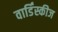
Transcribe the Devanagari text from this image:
वार्डिंस्कीज